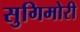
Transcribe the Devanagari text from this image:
सुगिमोरी